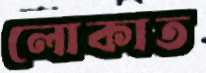
লোকাত